Report on vaccination in Madras 1922-1929 - 1922-1929
Year: 1922
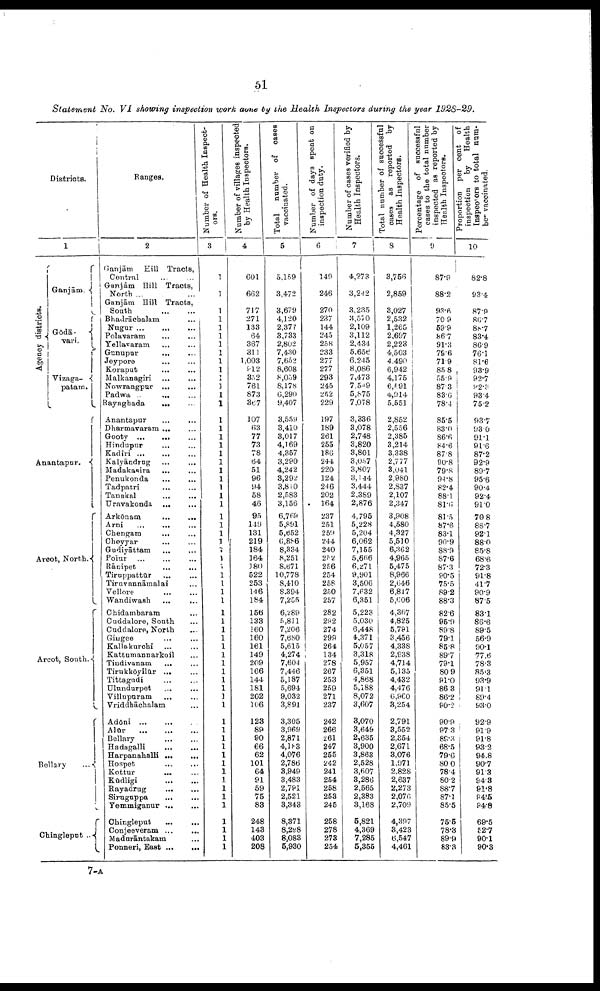
51
Statement No. VI showing inspection work done by the Health Inspectors during the year 1928-29.
Districts.
1
Agency districts.
Ganjām.
Gōdā¬
vari.
Vizaga¬
patam.
Anantapur.
Arcot, North.
Arcot, South.
Bellary ...
Chingleput ..
Ranges.
2
Ganjām Hill Tracts,
Central … …
Ganjām Hill Tracts,
North ... …
Ganjām Hill Tracts,
South
…
…
Bhadrācbalam
...
Nugur … … …
Polavaram … …
Yellavaram … …
Gunupur
…
…
Jeypore
…
…
Koraput … …
Malkanagiri ... …
Nowrangpur ... …
Padwa ... ... ...
Rayaghada ... ...
Anantapur ... ...
Dharmavaram ... ...
Gooty
...
...
...
Hindupur ... ...
Kadiri ... ... ...
Kalyāndrug … …
Madakasira … …
Penukonda
…
…
Tadpatri
…
…
Tanakal … …
Uravakonda
…
…
Arkōnam
...
...
Arni
...
... ...
Chengam
... ...
Cheyyar ... ...
Gudiyāttam
…
…
Poiur
…
…
…
Rānipet … …
Tiruppattūr
…
…
Tiruvannāmalai …
Vellore … …
Wandiwash …
Chidambaram …
Cuddalore, South …
Cuddalore, North …
Gingee … …
Kallakurchi ... ...
Kattumannarkoil …
Tindivanam
... …
Tirukkōyilūr ... ...
Tittagudi … ...
Ulundurpet ... ...
Villupuram ... ...
Vriddhāchalam …
Adōni
…
…
…
Alūr
…
…
…
Bellary
…
…
Hadagalli
…
…
Harpanahalli … …
Hospet
…
…
Kottur … …
Kūdligi
…
…
Rayadrug
…
…
Siruguppa … …
Yemmiganur … …
Chingleput
…
…
Conjeeveram … …
Madurāntakam …
Ponneri, East … …
Number of Health Inspect
ors.
3
1
1
1
1
1
1
1
1
1
1
1
1
1
1
1
1
1
1
1
1
1
1
1
1
1
1
1
1
1
1
1
1
1
1
1
1
1
1
1
1
1
1
1
1
1
1
1
1
1
1
1
1
1
1
1
1
1
1
1
1
1
1
1
Number of villages inspected
by Health Inspectors.
4
601
662
717
271
133
64
367
311
1,003
912
352
761
873
867
107
63
77
73
78
64
51
96
94
58
46
95
149
131
219
184
164
180
522
253
146
184
156
133
160
160
161
149
209
166
144
181
202
106
123
89
90
66
62
101
64
91
59
75
83
248
143
403
208
Total
number of cases
vaccinated.
5
5,159
3,472
3,679
4,120
2,377
3,733
2,802
7,430
7,652
8,608
8,059
8,178
6,290
9,407
3,559
3,410
3,017
4,169
4,357
3,290
4,242
3,292
3,810
2,583
3,156
6,769
5,891
5,652
6,886
8,334
8,251
8,671
10,778
8,410
8,394
7,255
6,289
5,811
7,206
7,680
5,615
4,274
7,604
7,446
5,187
5,694
9,032
3,891
3,305
3,969
2,871
4,183
4,076
2,786
3,949
3,483
2,791
2,521
3,343
8,371
8,298
8,083
5,930
Number of days spent on
inspection duty.
6
149
246
270
237
144
245
258
233
277
277
293
245
252
229
197
189
261
255
186
244
220
124
246
202
164
237
251
259
244
240
252
266
254
258
250
257
282
292
274
299
264
134
278
267
253
259
271
237
242
266
261
247
255
242
241
254
258
253
245
258
278
273
254
Number of cases verified by
Health Inspectors.
7
4,273
3,242
3,235
3,570
2,109
3,112
2,434
5,656
6,245
8,086
7,473
7,549
5,875
7,078
3,336
3,078
2,748
3,820
3,801
3,057
3,807
3,144
3,444
2,389
2,876
4,795
5,228
5,204
6,062
7,155
5,666
6,271
9,901
3,506
7,632
6,351
5,223
5,030
6,448
4,371
5,057
3,318
5,957
6,351
4,868
5,188
8,072
3,607
3,070
3,649
2,635
3,900
3,863
2,528
3,607
3,286
2,565
2,383
3,168
5,821
4,369
7,285
5,355
Total number of successful
cases as reported by
Health Inspectors.
8
3,756
2,859
3,027
2,532
1,265
2,697
2,223
4,503
4,490
6,942
4,175
6,591
4,914
5,551
2,852
2,556
2,385
3,214
3,338
2,777
3,041
2,980
2,837
2,107
2,347
3,908
4,580
4,327
5,510
6,362
4,965
5,475
8,966
2,646
6,817
5,606
4,367
4,825
5,791
3,456
4,338
2,938
4,714
5,135
4,432
4,476
6,960
3,254
2,791
3,552
2,354
2,671
3,076
1,971
2,828
2,637
2,273
2,076
2,709
4,397
3,423
6,547
4,461
Percentage of successful
cases to the total number
inspected as reported by
Health Inspectors.
9
87.9
88.2
93.6
70.9
59.9
86.7
91.3
79.6
71.9
85.8
55.9
87.3
83.6
78.4
85.5
83.0
86.6
84.6
87.8
90.8
79.8
94.8
82.4
88.1
81.6
81.5
87.6
83.1
90.9
88.9
87.6
87.3
90.5
75.5
89.2
88.3
82.6
95.9
89.8
79.1
85.8
89.7
79.1
80.9
91.0
86.3
86.2
90.2
90.9
97.3
89.3
68.5
79.6
80.0
78.4
80.2
88.7
87.1
85.5
75.5
78.3
89.9
83.3
Proportion per cent of
inspection
by
Health
Inspectors to total num¬
ber vaccinated.
10
82.8
93.4
87.9
86.7
88.7
83.4
86.9
76.1
81.6
93.9
92.7
92.3
93.4
75.2
93.7
93.0
91.1
91.6
87.2
92.9
89.7
95.6
90.4
92.4
91.0
70.8
88.7
92.1
88.0
85.8
68.6
72.3
91.8
41.7
90.9
87.5
83.1
86.6
89.5
56.9
90.1
77.6
78.3
85.3
93.9
91.1
89.4
93.0
92.9
91.9
91.8
93.2
94.8
90.7
91.3
94.3
91.8
94.5
94.8
69.5
52.7
90.1
90.3
7-A